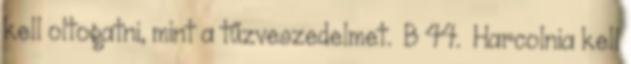
kell oltogatni, mint a tűzveszedelmet. B 44. Harcolnia kell